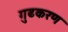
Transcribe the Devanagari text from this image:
गुढकरण